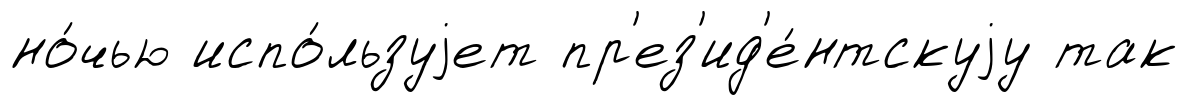
но́чью испо́льзуjет пр'ез'ид'е́нтскуjу так